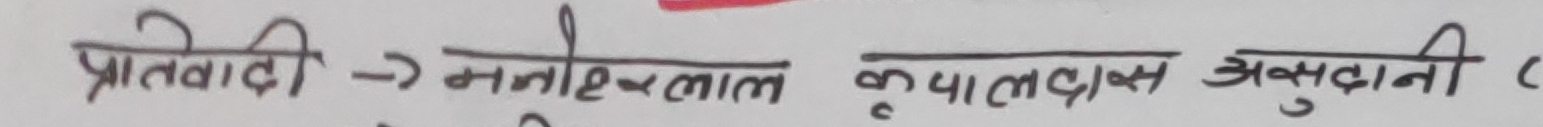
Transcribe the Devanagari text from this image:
प्रतिवादी -> मनोहरलाल कृपालदास अनुदानी (